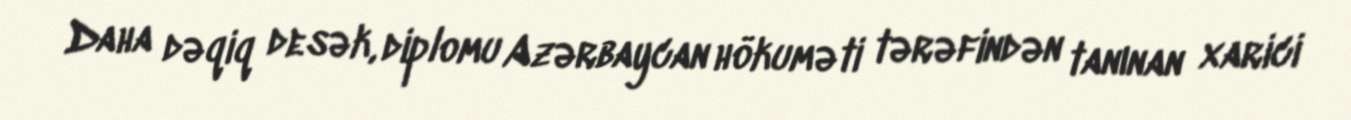
Daha dəqiq desək, diplomu Azərbaycan hökuməti tərəfindən tanınan xarici